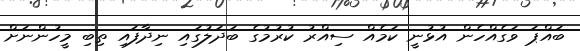
ބައްޕަ ވަގެއްހެން އުޅުނީ ކަމެއް ސިއްރު ކުރުމުގެ ބަދަލުގައި ނިދާފައި ތިބި މީހުންނަށް